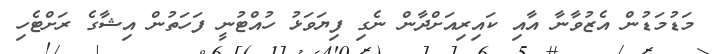
މަޑުމަޑުން އެޒުވާނާ އާއި ކައިރިއަށްދާން ނެގި ފިޔަވަޅު ހުއްޓުނީ ފަހަތުން އިޝާގެ ރަށްޓެހި